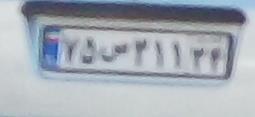
۷۵س۲۱۱۲۴